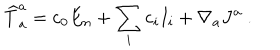
LaTeX: { \widehat T } _ { a } ^ { a } = \mathrm { c } _ { 0 } E _ { n } + \sum _ { i } \mathrm { c } _ { i } I _ { i } + \nabla _ { a } J ^ { a } \ .